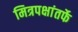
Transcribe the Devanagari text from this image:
मित्रपक्षांतर्फे